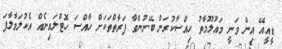
ޑީއީއޭ އިން ވަނީ މައުލޫމާތު ހިއްސާކުރަން ބޭނުންވާ ފަރާތްތަކަށް ހާއްސަ ހޮޓްލައިނެއް އެކުލަވާލާފަ